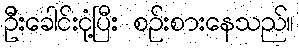
ဦးခေါင်းငုံ့ပြီး စဉ်းစားနေသည်။